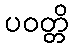
ပဝတ္တိ